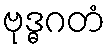
ဗုဒ္ဓဂတံ